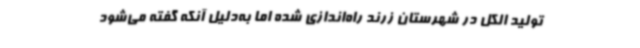
تولید الکل در شهرستان زرند راه‌اندازی شده اما به‌دلیل آنکه گفته می‌شود